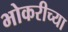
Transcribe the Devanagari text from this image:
भोकरीच्या